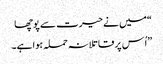
“میں نے حیرت سے پوچھا
”اُس پر قاتلانہ حملہ ہوا ہے۔